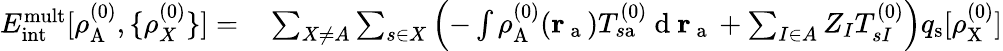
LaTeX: \begin{array}{rl}{E_{\mathrm{int}}^{\mathrm{mult}}[\rho_{\mathrm{A}}^{(0)},\{ \rho_{X}^{(0)}\} ]=}&{{}\sum_{X\neq A}\sum_{s\in X}\left(-\int\rho_{\mathrm{A}}^{(0)}(\mathbf{r}_{\mathrm{~a~}})T_{s\mathrm{a}}^{(0)}\mathrm{~d~}\mathbf{r}_{\mathrm{~a~}}+\sum_{I\in A}Z_{I}T_{sI}^{(0)}\right)q_{\mathrm{s}}[\rho_{\mathrm{X}}^{(0)}]}\end{array}